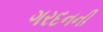
ગરદનની